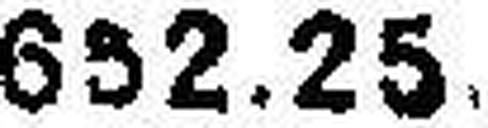
652.25